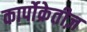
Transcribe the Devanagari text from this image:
कार्पोक्रेतीज़